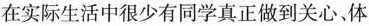
在实际生活中很少有同学真正做到关心、体